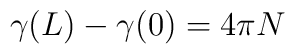
\gamma (L)-\gamma (0)=4\pi N